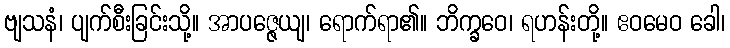
ဗျသနံ၊ ပျက်စီးခြင်းသို့။ အာပဇ္ဇေယျ၊ ရောက်ရာ၏။ ဘိက္ခဝေ၊ ရဟန်းတို့။ ဧဝမေဝ ခေါ၊